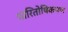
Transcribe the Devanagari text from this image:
पारितोषिकपण